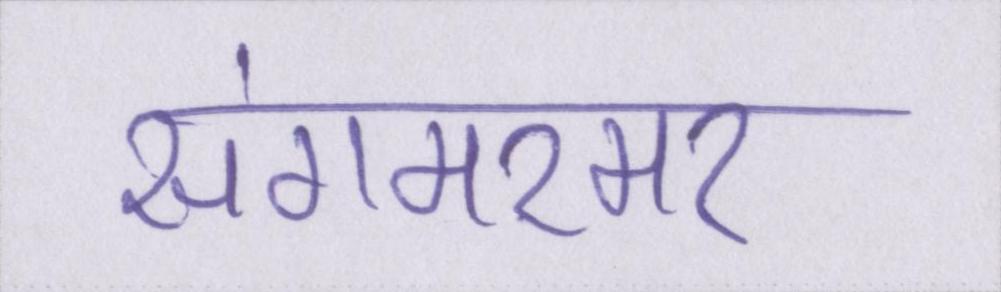
संगमरमर